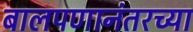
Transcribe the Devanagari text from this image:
बालपणानंतरच्या